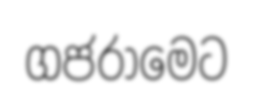
ගජරාමෙට